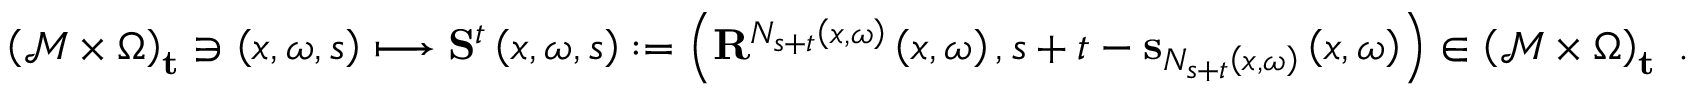
\left( \mathcal { M } \times \Omega \right) _ { \mathbf { t } } \ni \left( x , \omega , s \right) \longmapsto \mathbf { S } ^ { t } \left( x , \omega , s \right) : = \left( \mathbf { R } ^ { N _ { s + t } \left( x , \omega \right) } \left( x , \omega \right) , s + t - \mathbf { s } _ { N _ { s + t } \left( x , \omega \right) } \left( x , \omega \right) \right) \in \left( \mathcal { M } \times \Omega \right) _ { \mathbf { t } } \ .